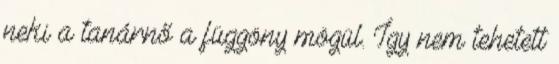
neki a tanárnő a függöny mögül. Így nem tehetett